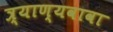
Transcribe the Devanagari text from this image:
त्र्याण्यवावा